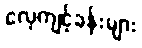
လေ့ကျင့်ခန်းများ